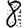
Digit: 8